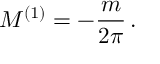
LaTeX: M ^ { ( 1 ) } = - \frac { m } { 2 \pi } \, .